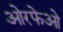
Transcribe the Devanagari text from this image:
ओरफेओ